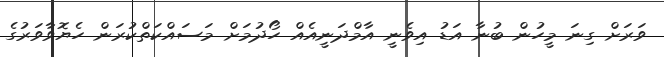
ވަރަށް ގިނަ މީހުން ބުނާ އަޑު އިވެނީ އާމްދަނީއެއް ހޯދުމަށް މަސައްކަތްކުރަން ހެޔޮވާވަރުގެ